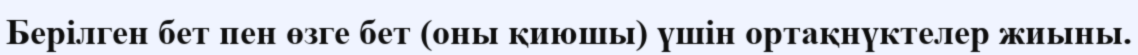
Берілген бет пен өзге бет (оны қиюшы) үшін ортақнүктелер жиыны.